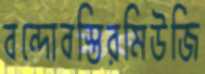
বন্দোবস্তিরমিউজি